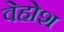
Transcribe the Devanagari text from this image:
वेहोश